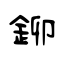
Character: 鉚